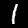
Label: 1